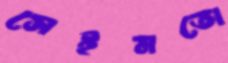
সেইমতো